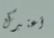
أعتبرك